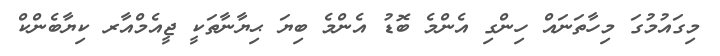
މިގައުމުގަ މިހާތަނައް ހިންގި އެންމެ ބޮޑު އެންމެ ބިޔަ ޙިޔާނާތަކީ ޖީއެމްއާރ ކިޔާބެންކް